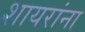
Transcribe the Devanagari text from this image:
शायरांना